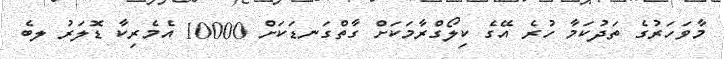
މާވަހަރުގެ ތަދުކަމާ ހުރެ އޭގެ ކިލޯގްރާމަކަށް ގާތްގަނޑަކަށް 10000 އެމެރިކާ ޑޮލަރު ލބެ